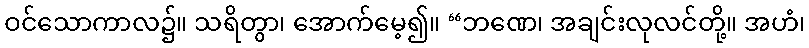
ဝင်သောကာလ၌။ သရိတွာ၊ အောက်မေ့၍။ “ဘဏေ၊ အချင်းလုလင်တို့။ အဟံ၊